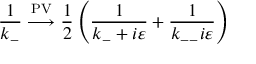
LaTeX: \frac { 1 } { k _ { - } } \stackrel { \mathrm { P V } } { \longrightarrow } \frac { 1 } { 2 } \left( \frac { 1 } { k _ { - } + i \varepsilon } + \frac { 1 } { k _ { -- } i \varepsilon } \right)